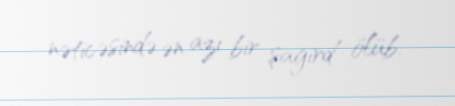
nəticəsində ən azı bir şagird ölüb.